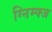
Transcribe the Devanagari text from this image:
ग्निम्फ्ज